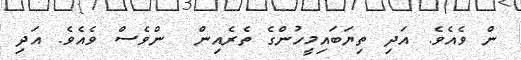
ން ވެއެވެ. އަދި ތިޔަބައިމީހުންގެ ތެރެއިން  ންވެސް ވެއެވެ. އަދި